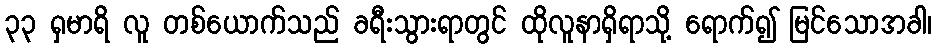
၃၃ ရှမာရိ လူ တစ်ယောက်သည် ခရီးသွားရာတွင် ထိုလူနာရှိရာသို့ ရောက်၍ မြင်သောအခါ၊